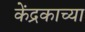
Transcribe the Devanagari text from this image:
केंद्रकाच्या